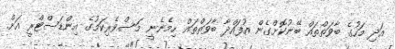
އަދި މަހުގެ ބާވަތްތައް ބޭނުކޮށްގެން އުފައްދާ ބާވަތްތައް ހިމެނެނީ މަސްވެރިކަމުގެ އިންޑަސްޓްރީ އަށް